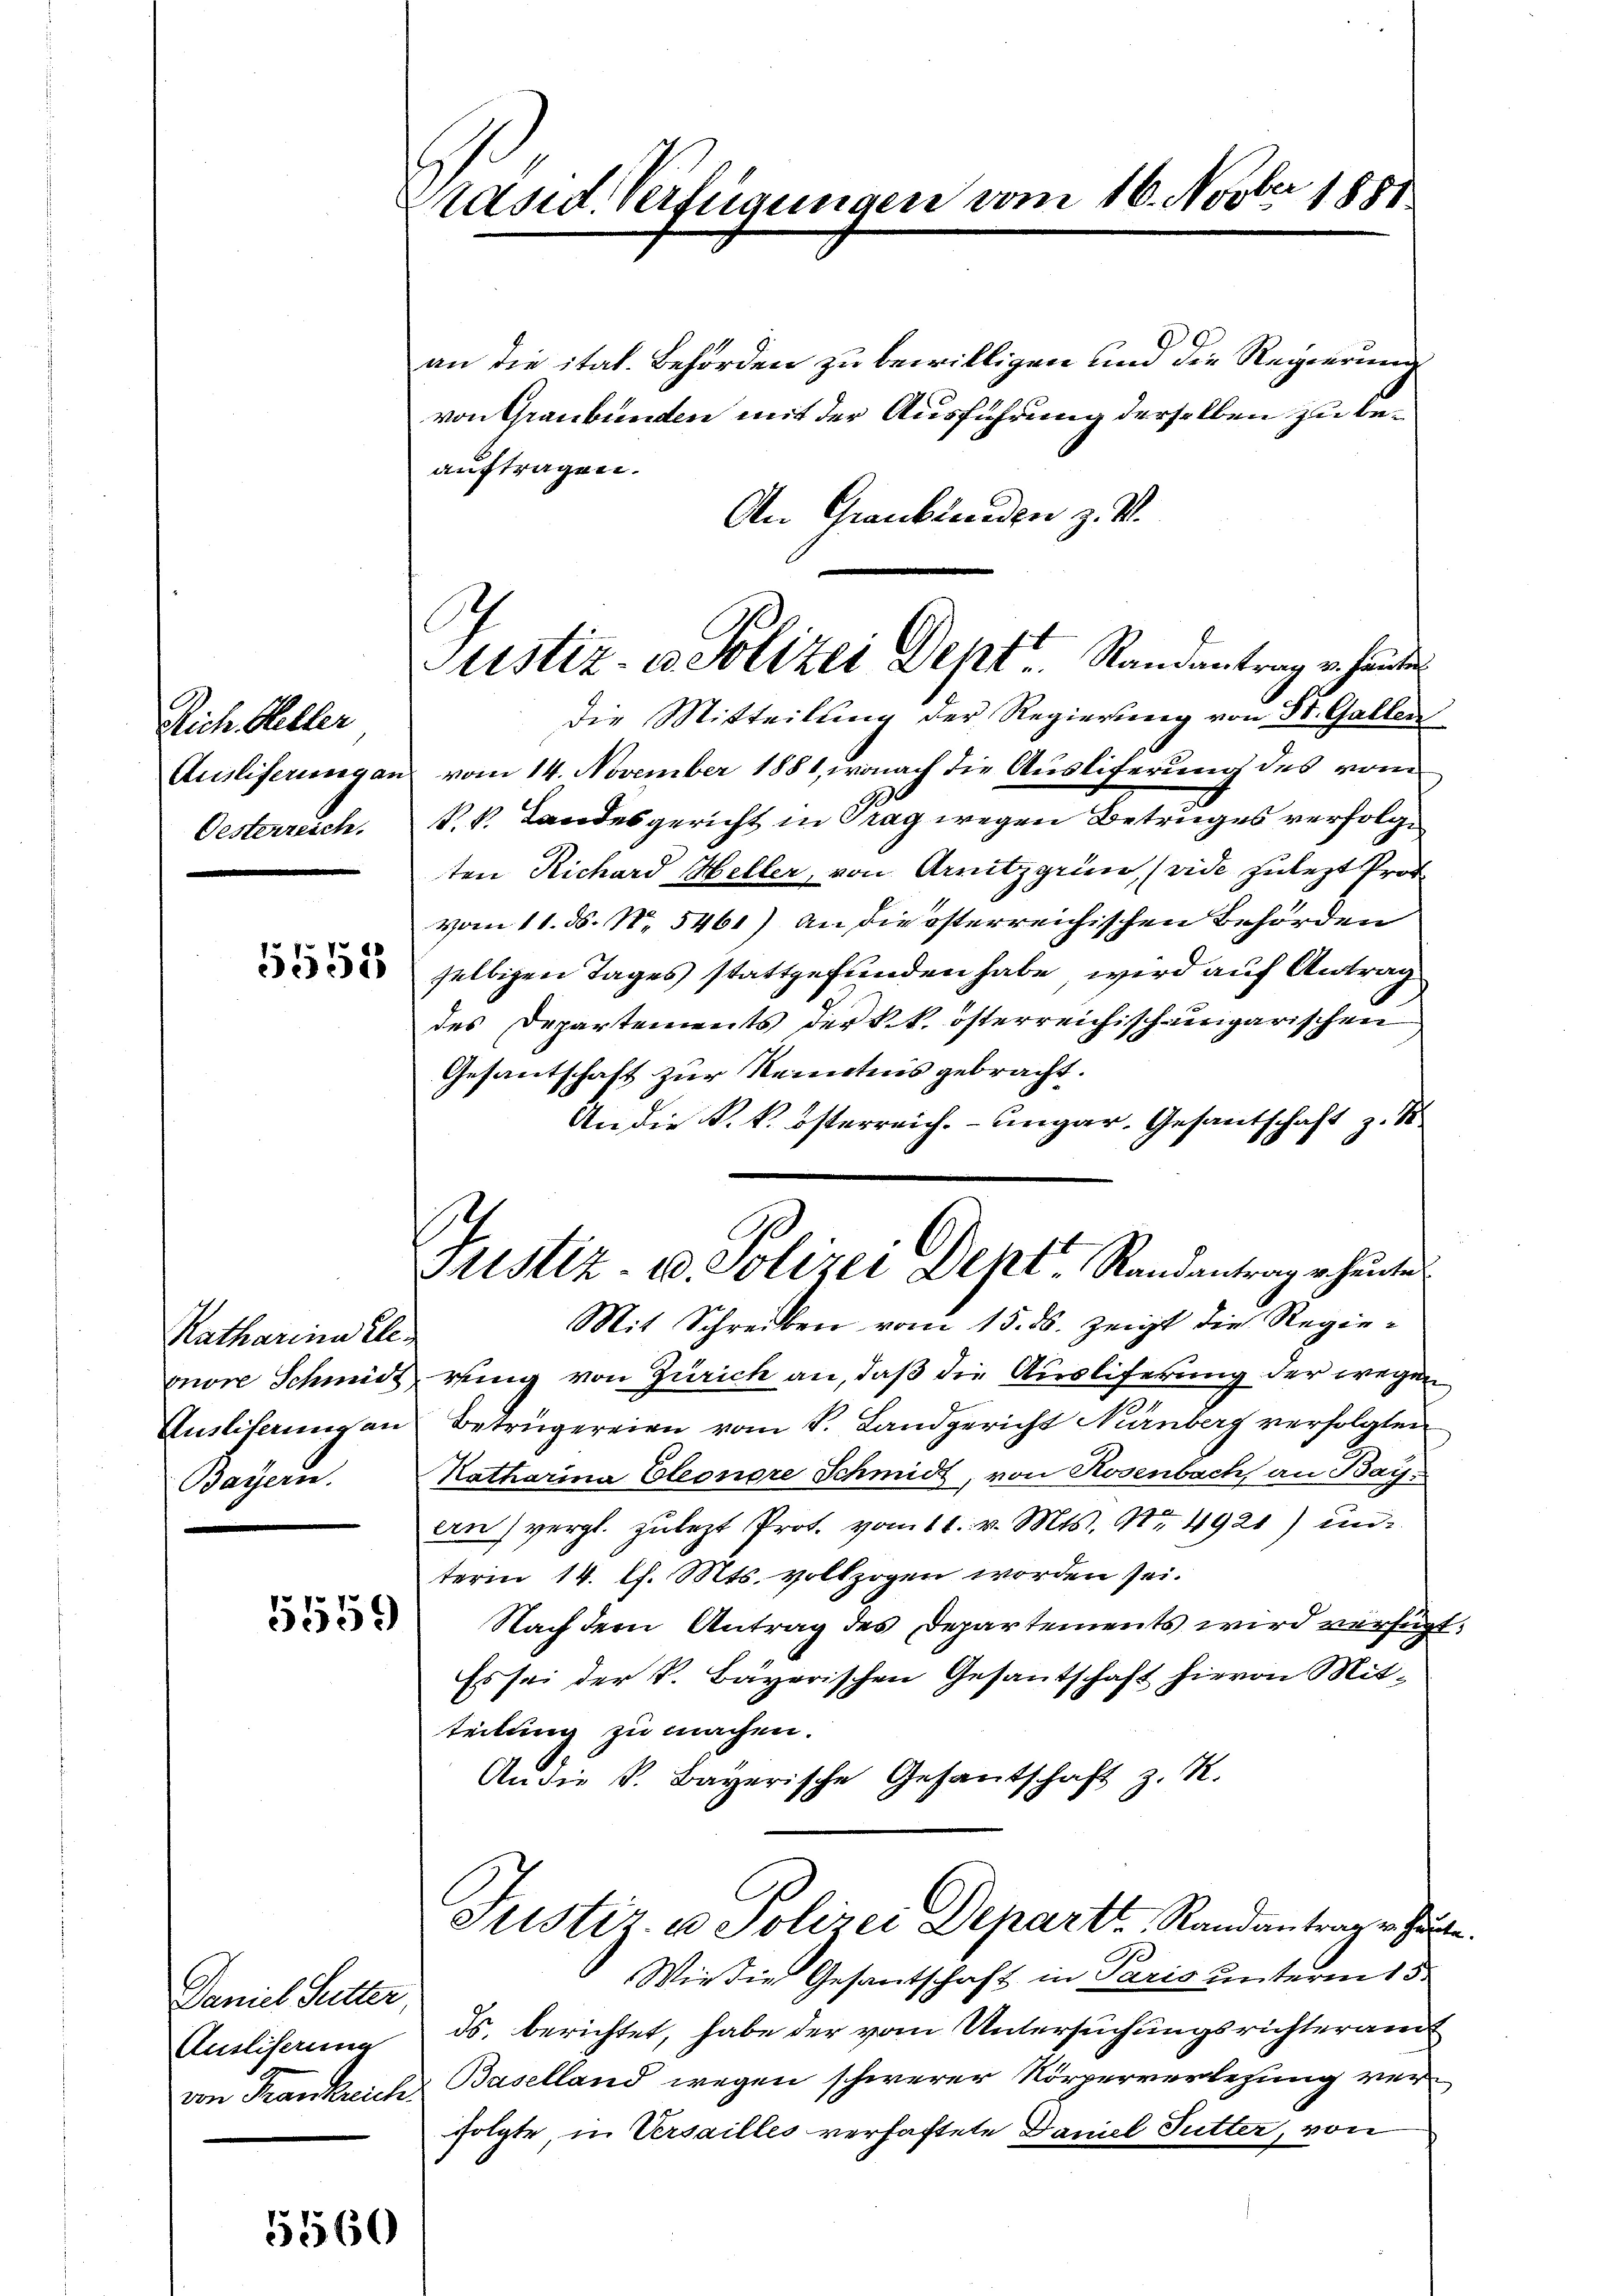
Rich. Heller
Ausliserung an
Oesterreich.

5558

Katharina Ele-
more Schmidt
Auslisau an
Bayern.

51559

Daniel, Sutter,
Ausliserung

5560

Präsid. Verfügungen vom 16. Novber 1881

C
Justiz- u. Polizei Dept. Randantrag erhauten

an die ital. Behörden zu bewilligen und die Regierung
von Graubünden mit der Ausführung derselben zu beauftragen.
An Graubtenden z. V.
die Mitteilung der Regierung von St. Gallen
vom 14. November 1881, wonach die Ausliferung des vom
P. k. Landesgericht in Prag wegen Betruges verfolge
ten Richard Heller, von Arnitzgrum (vide zulezt Prof.
vom 11. ds. No. 5461) An die österreichischen Behörden
selbigen Tages stattgefunden habe, wird auf Antrag
des Departements der k.k. österreichisch-ungarischen
Gesantschaft zur Kenntens gebracht.
An die k. k. österreich. - Ungar. Gesantschaft z. S.
Justiz- u. Polizei Dent. Randantrag er heute
Mit Schreiben vom 15. ds. zeigt die Regierung von Zürich an, daß die Ausliferung der wegen
Betrügereien vom 1. Landgericht Nürnberg verfolgten
Katharina Eleonore Schmidt, von Rosenbach, an Bayern) vergl. zulezt Prot. vom 11. v. Mts. Nr. 4921) un
term 14. l. Mts. vollzogen worden sei.
Nach dem Antrag des Departements wird verfüg
Es sei der K. Bayerischen Gesantschaft hievon Mitteilung zu machen.
An die K. Bayerische Gesantschaft z. R.
Justiz u. Polizei Departi, Randantragen
Wie die Gesantschaft in Paris unterm 15.
ds. berichtet, habe der vom Untersuchungsrichteram
von Frankreich Baselland wegen schwerer Körperverlegung verfolgte, in Versailles verhaftete Daniel Futter, von